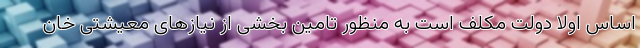
اساس اولا دولت مکلف است به منظور تامین بخشی از نیازهای معیشتی خان